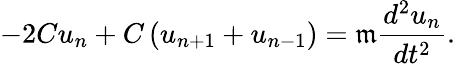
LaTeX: -2Cu_{n}+C\left(u_{n+1}+u_{n-1}\right)=\mathfrak{m}{\frac{{d^{2}u_{n}}}{{dt^{2}}}}.